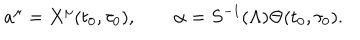
a ^ { \mu } = X ^ { \mu } ( t _ { 0 } , \tau _ { 0 } ) , \quad \quad \alpha = S ^ { - 1 } ( \Lambda ) \Theta ( t _ { 0 } , \tau _ { 0 } ) .